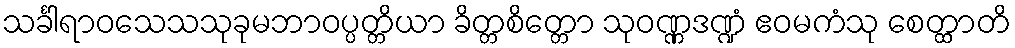
သင်္ခါရာဝသေသသုခုမဘာဝပ္ပတ္တိယာ ခိတ္တစိတ္တော သုဝဏ္ဏဒဏ္ဍံ ဧဝမကံသု စေတ္ထာတိ